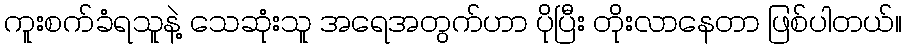
ကူးစက်ခံရသူနဲ့ သေဆုံးသူ အရေအတွက်ဟာ ပိုပြီး တိုးလာနေတာ ဖြစ်ပါတယ်။